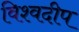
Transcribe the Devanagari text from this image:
विश्वदीप